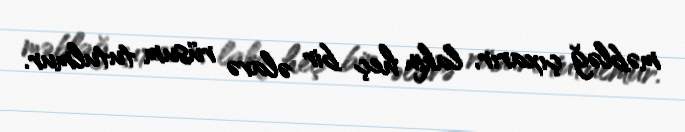
məbləğ çıxarır, lakin heç bir əlavə rüsum tutulmur.